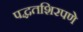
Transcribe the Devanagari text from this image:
पद्धतशिरपणे